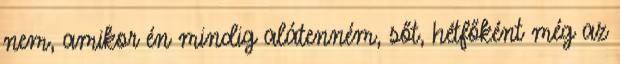
nem, amikor én mindig alátenném, sőt, hétfőként még az